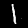
Label: 1